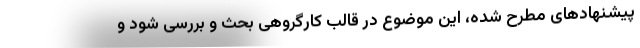
پیشنهادهای مطرح شده، این موضوع در قالب کارگروهی بحث و بررسی شود و